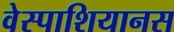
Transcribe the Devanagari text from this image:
वेस्पाशियानस